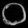
Digit: ၀